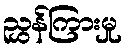
ညွှန်ကြားမှု